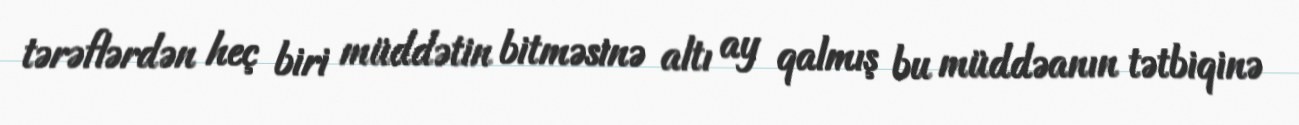
tərəflərdən heç biri müddətin bitməsinə altı ay qalmış bu müddəanın tətbiqinə